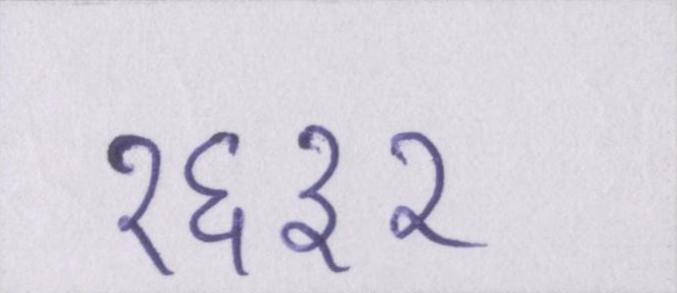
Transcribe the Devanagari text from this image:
१६३२